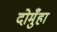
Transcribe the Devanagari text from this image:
दोमुँहा